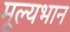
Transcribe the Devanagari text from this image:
मूल्यभान